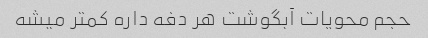
حجم محویات آبگوشت هر دفه داره کمتر میشه